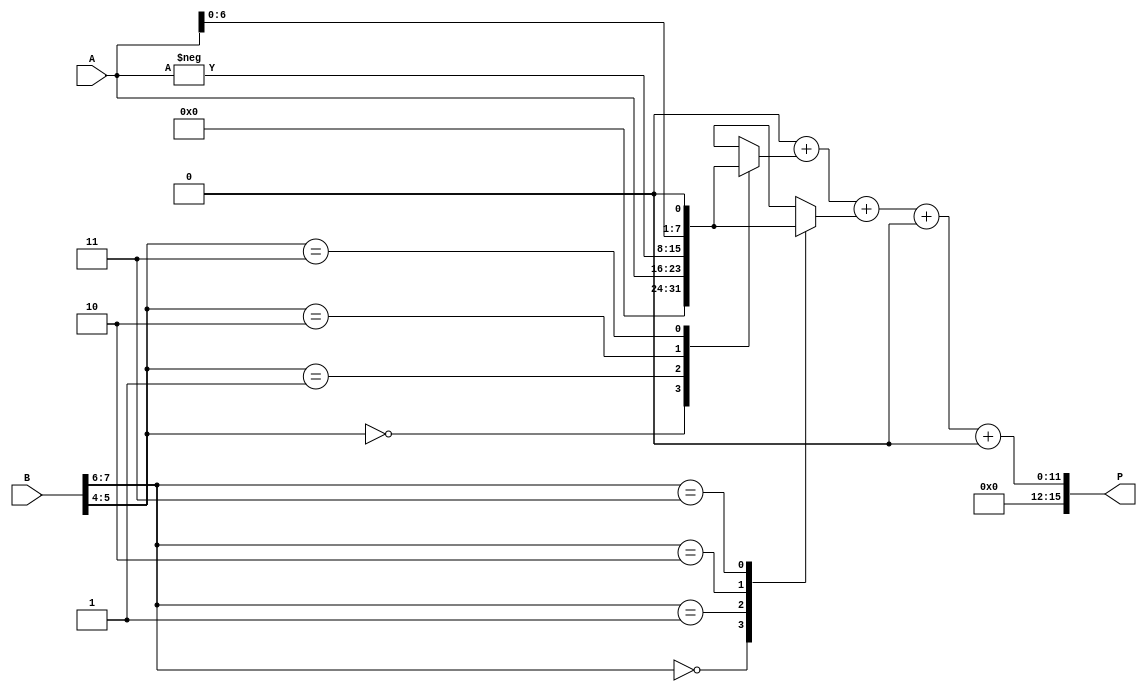
module radix4_multiplier #(parameter n = 8) (
    input signed [n-1:0] A,    // First multiplicand
    input signed [n-1:0] B,    // Second multiplicand (multiplier)
    output reg signed [2*n-1:0] P // Product output
);

// Internal signals
reg [n-1:0] pp [0:3]; // Partial products
reg [2*n-1:0] sum;    // Intermediate sum of partial products
reg [3:0] b_encoded;   // Encoded bits for Booth's algorithm
integer i;

// Combine bits of B into pairs
always @(*) begin
    b_encoded = {B[n-1], B[n-2], B[n-3], B[n-4]}; // For n=8, pairs from B
    P = 0; // Initialize the product

    // Generate partial products based on Booth's encoding
    for (i = 0; i < n/2; i = i + 1) begin // Process pairs of bits
        case ({b_encoded[i*2 + 1], b_encoded[i*2]}) // Two bits at a time
            2'b00: pp[i] = 0;           // No product
            2'b01: pp[i] = A;           // A
            2'b10: pp[i] = -A;          // -A
            2'b11: pp[i] = A << 1;      // 2A
            default: pp[i] = 0;
        endcase
    end

    // Add the partial products to produce the final result
    sum = 0;
    for (i = 0; i < n/2; i = i + 1) begin
        sum = sum + pp[i];
    end
    P = sum;
end

endmodule